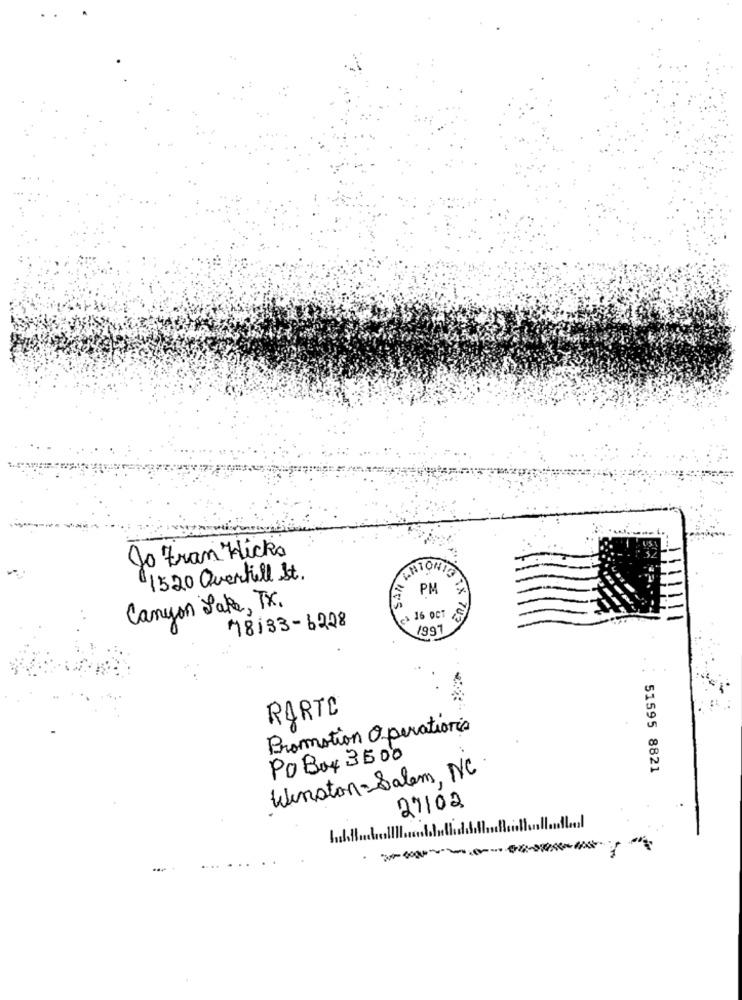
Jo Eran Nick's
1520 Overtill St.
Canyon Jake, Tx.
> 16 OCT
18133-6228
1991
RARTE
Promotion Operations
Po Box 3500
Winston-Salem, NC
51595 8821
27/02